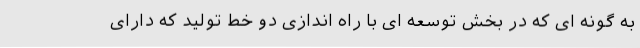
به گونه ای که در بخش توسعه ای با راه اندازی دو خط تولید که دارای